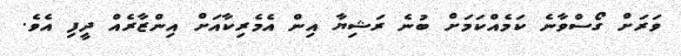
ވަރަށް ގޯސްވާނެ ކަމެއްކަމަށް ބުނެ ރަޝިޔާ އިން އެމެރިކާއަށް އިންޒާރެއް ދީފި އެވެ.